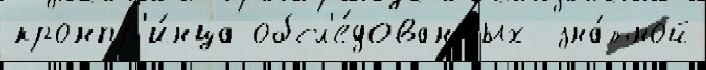
кронпр'и́нца обсл'е́дованных  зна́тной